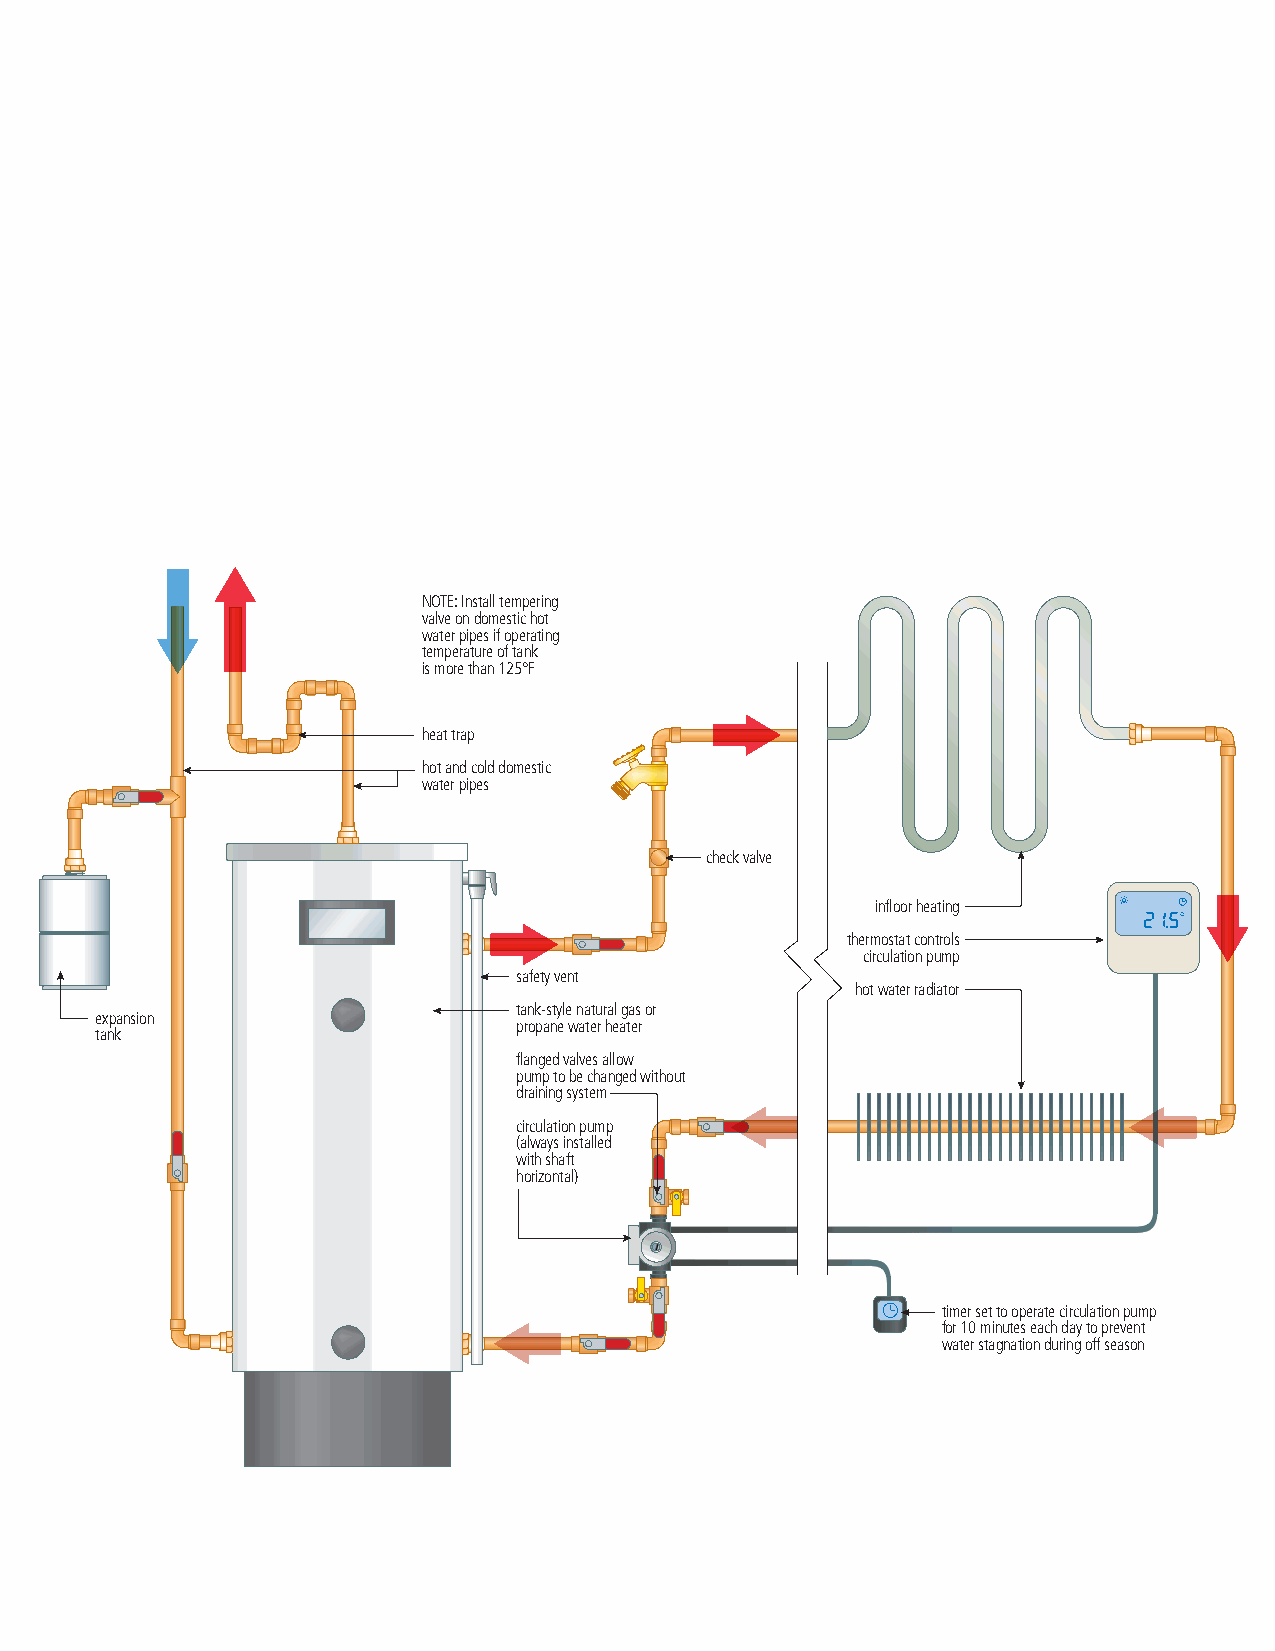
NOTE: Install tempering
 valve on domestic hot
 water pipes if operating
 temperature of tank
 is more than 125°F
 heat trap
 hot and cold domestic
 water pipes
 check valve
 infloor heating
 thermostat controls
 circulation pump
 safety vent
 hot water radiator
 tank-style natural gas or
 expansion
 propane water heater
 tank
 flanged valves allow
 pump to be changed without
 draining system
 circulation pump
 (always installed
 with shaft
 horizontal)
 timer set to operate circulation pump
 for 10 minutes each day to prevent
 water stagnation during off season